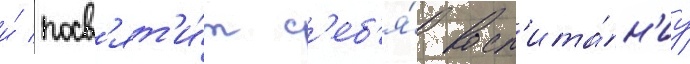
и́ посв'ят'и́т с'еб'я́ восп'ита́н'иу